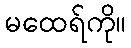
မထေရ်ကို။